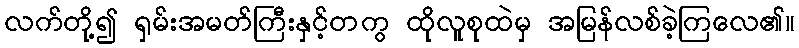
လက်တို့၍ ရှမ်းအမတ်ကြီးနှင့်တကွ ထိုလူစုထဲမှ အမြန်လစ်ခဲ့ကြလေ၏။